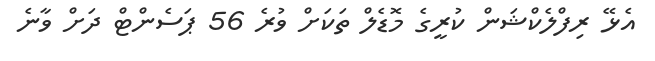
އެޅޭ ރިފްލެކްޝަން ކުރީގެ މޮޑެލް ތަކަށް ވުރެ 56 ޕަސެންޓް ދަށް ވާނެ